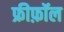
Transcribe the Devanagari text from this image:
फ्रीफ़ॉल